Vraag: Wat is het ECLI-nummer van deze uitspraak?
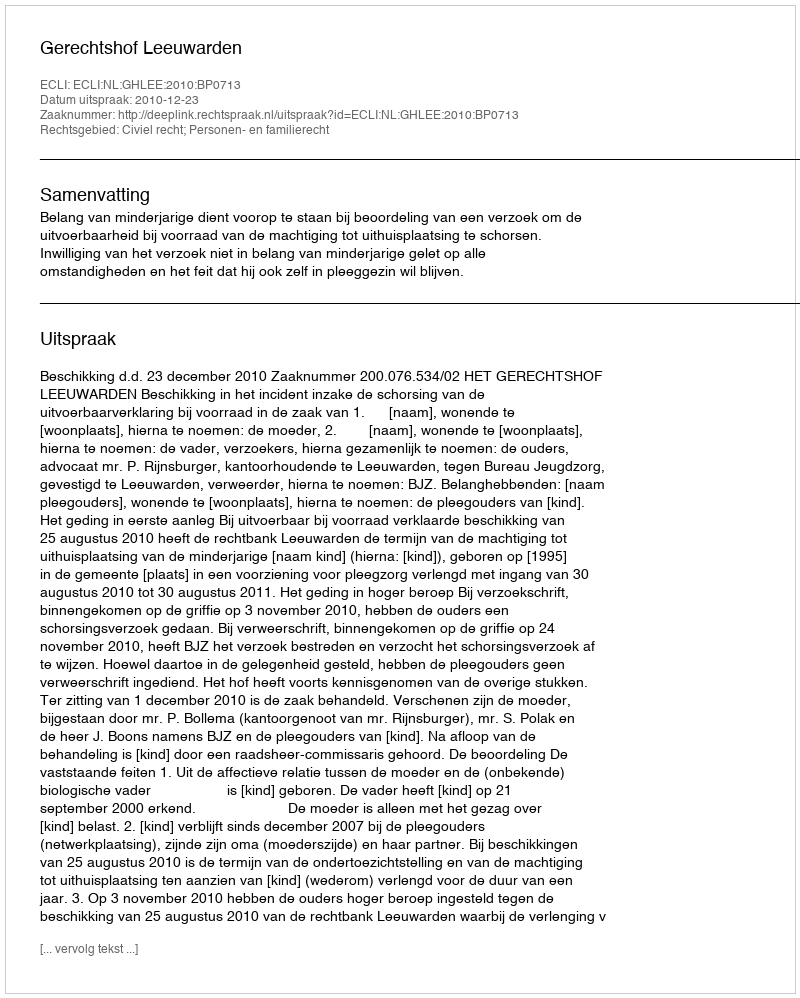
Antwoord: ECLI:NL:GHLEE:2010:BP0713